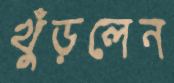
খুঁড়লেন